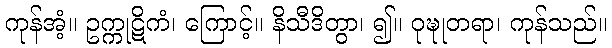
ကုန်အံ့။ ဥက္ကုဋိကံ၊ ကြောင့်။ နိသီဒိတွာ၊ ၍။ ဝုဍ္ဎုတရာ၊ ကုန်သည်။